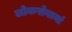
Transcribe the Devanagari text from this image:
लोकसेवायां